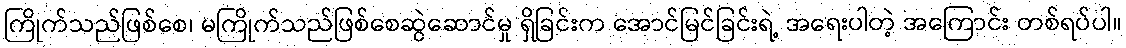
ကြိုက်သည်ဖြစ်စေ၊ မကြိုက်သည်ဖြစ်စေဆွဲဆောင်မှု ရှိခြင်းက အောင်မြင်ခြင်းရဲ့ အရေးပါတဲ့ အကြောင်း တစ်ရပ်ပါ။